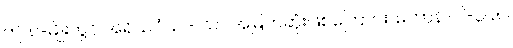
ဤ ၈-မျိုးတွင် အရိယဝံသ - သာ အမြတ်ဆုံးဖြစ်ကြောင်း၊ မဟာနိ-ပါ-၃၉၈၊